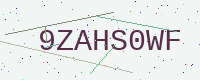
Text: 9ZAHS0WF